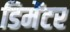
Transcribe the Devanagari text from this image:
डिमेंटर